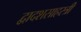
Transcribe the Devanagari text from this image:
द्वादशसाहस्त्री